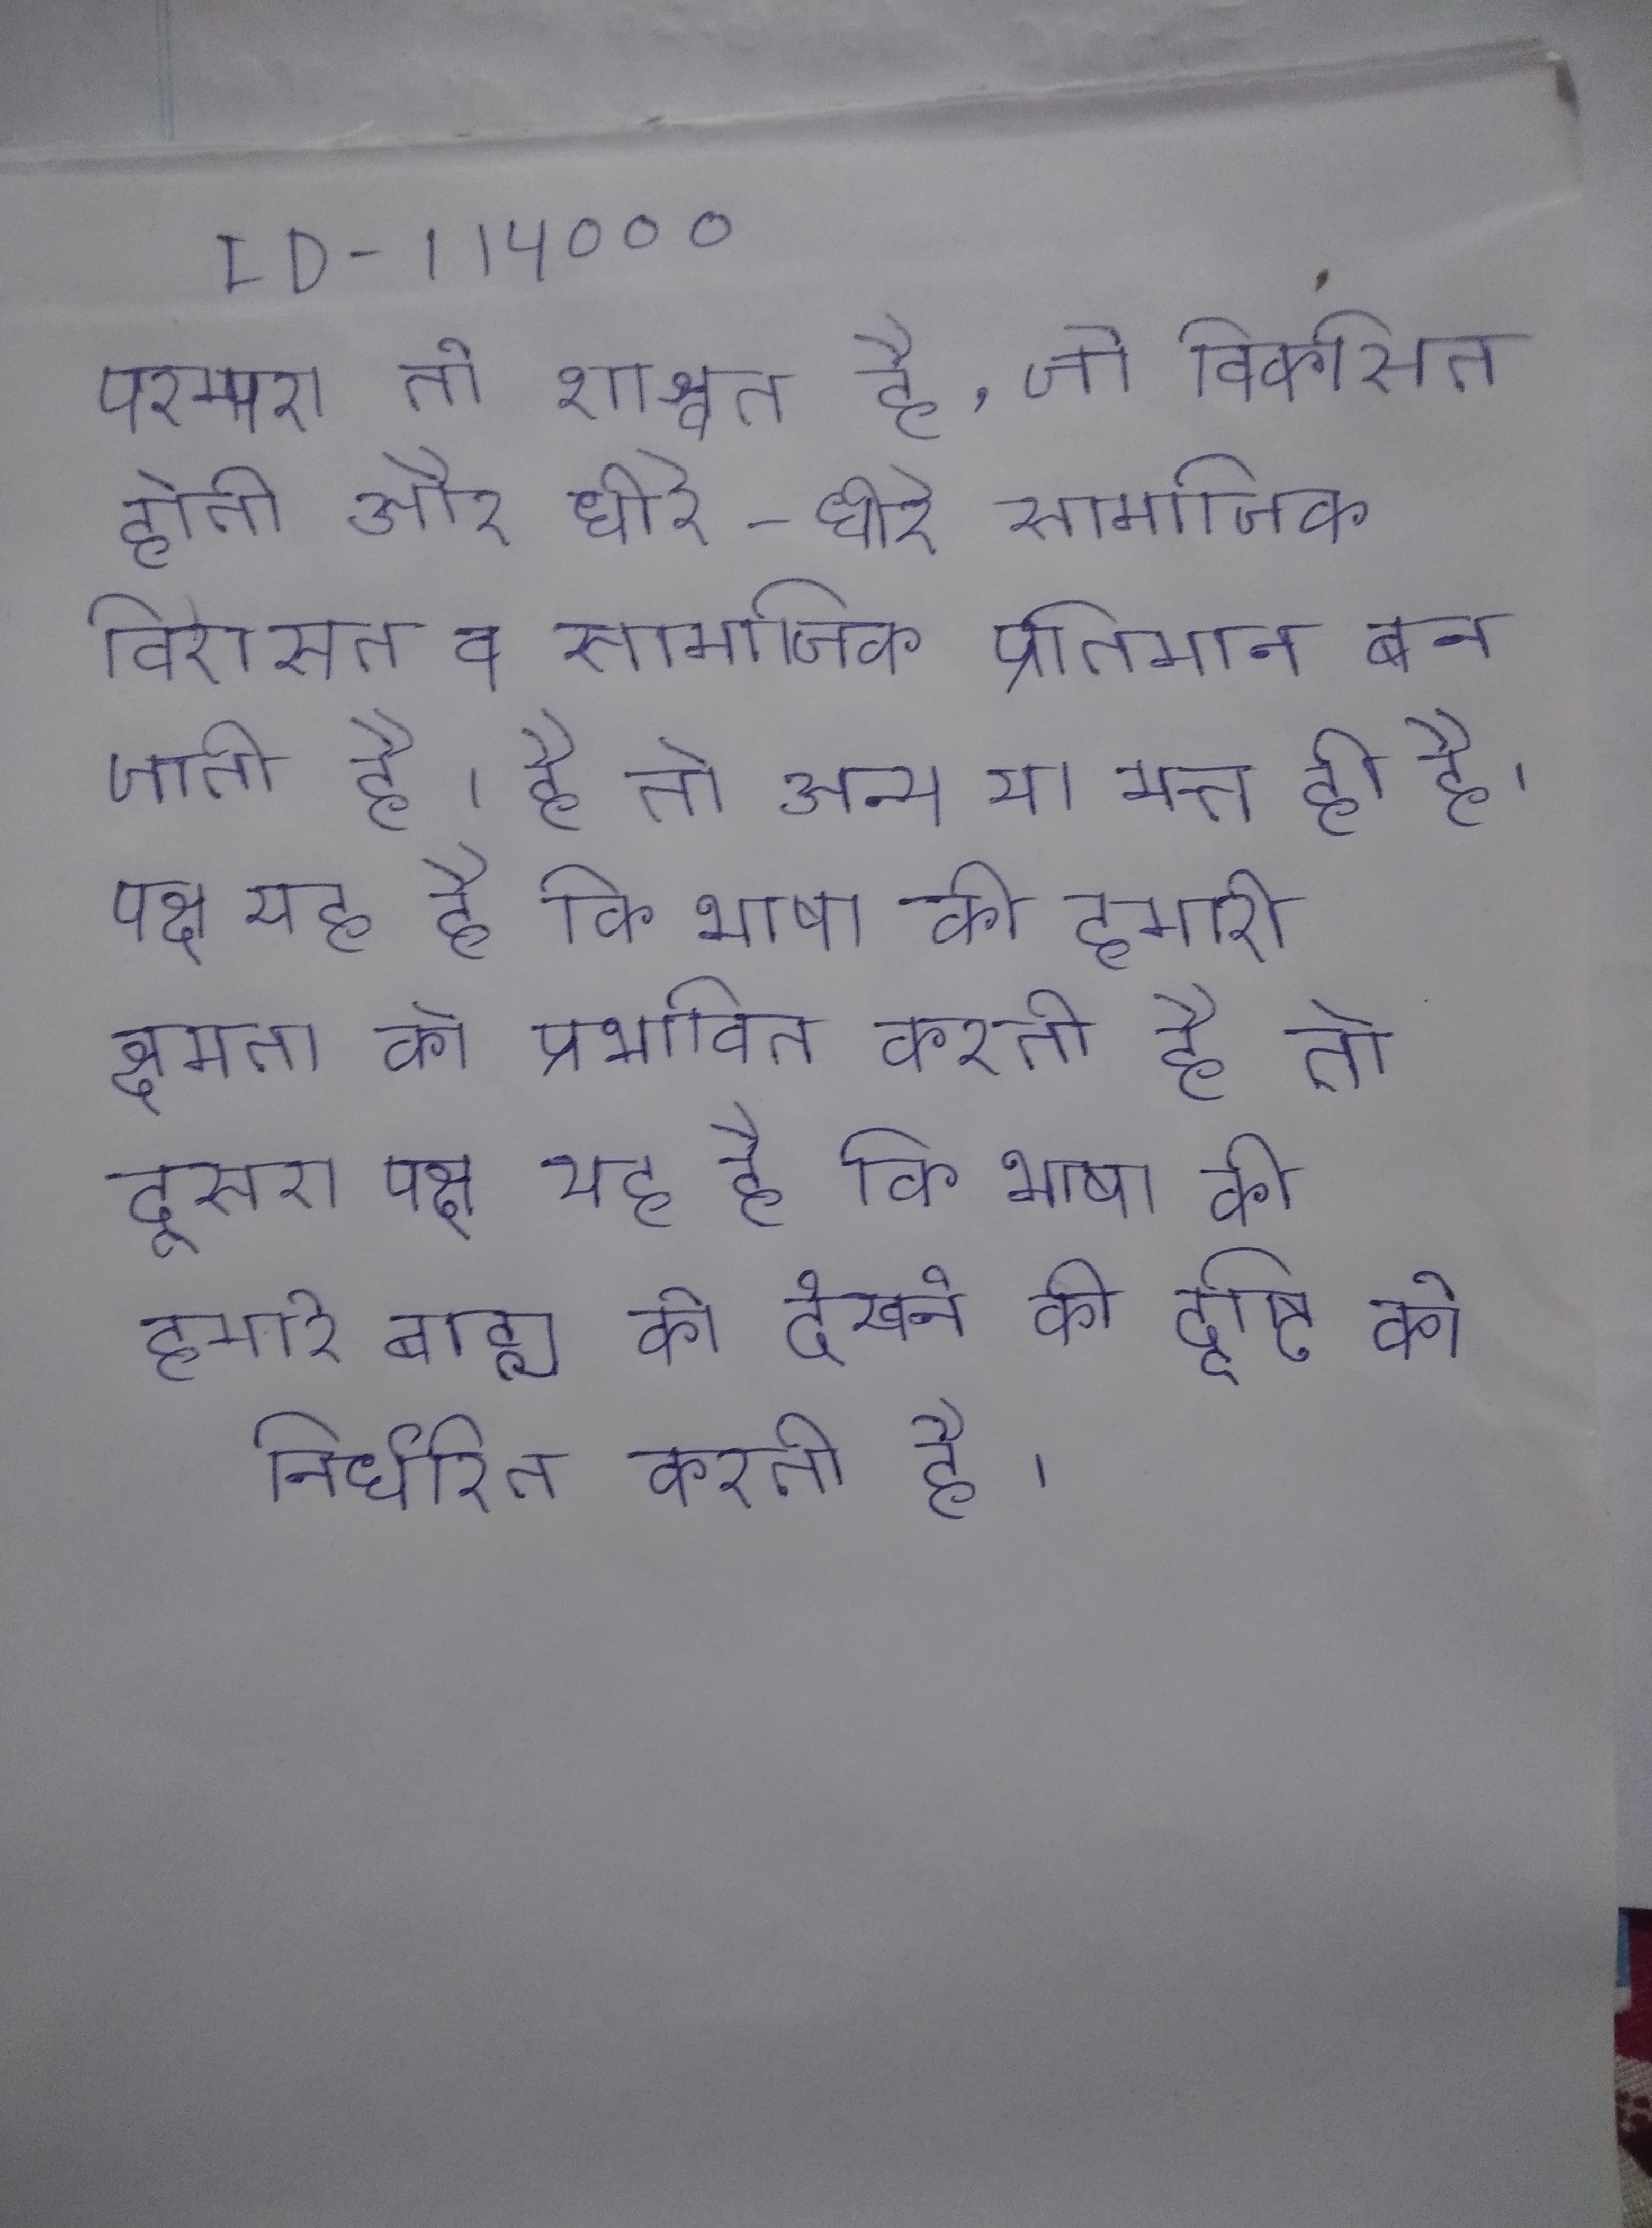
परम्परा तो शाश्वत है, जो विकसित होती और धीरे-धीरे सामाजिक विरासत व सामाजिक प्रतिमान बन जाती है । है तो अन्य या मत्त ही है । परिकल्पना का एक पक्ष यह है कि भाषा की हमारी क्षमता को प्रभावित करती है तो दूसरा पक्ष यह है कि भाषा की हमारे बाह्य को देखने की दृष्टि को निर्धारित करती है ।